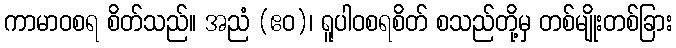
ကာမာဝစရ စိတ်သည်။ အညံ (ဧဝ)၊ ရူပါဝစရစိတ် စသည်တို့မှ တစ်မျိုးတစ်ခြား